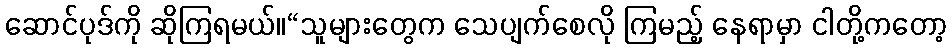
ဆောင်ပုဒ်ကို ဆိုကြရမယ်။“သူများတွေက သေပျက်စေလို ကြမည့် နေရာမှာ ငါတို့ကတော့